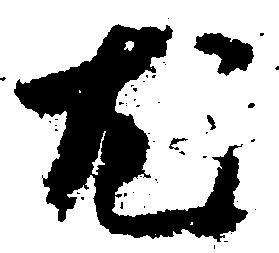
尤